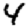
Digit: 4